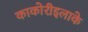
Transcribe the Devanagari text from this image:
काकोरीइलाके